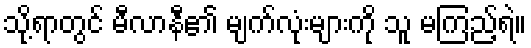
သို့ရာတွင် မီလာနီ၏ မျက်လုံးများကို သူ မကြည့်ရဲ။